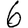
Digit: 6